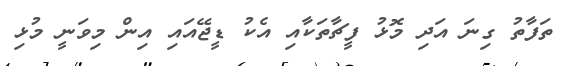
ތަފާތު ގިނަ އަދި މޮޅު ފީޗާތަކާއި އެކު ޑީޖޭއައި އިން މިވަނީ މުޅި